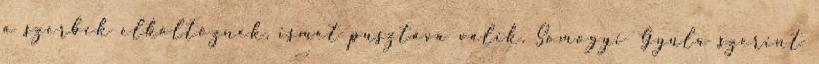
a szerbek elköltöznek, ismét pusztává válik. Somogyi Gyula szerint